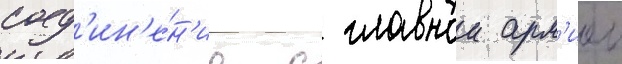
соед'ин'е́н'ие с главнои арм'иеи